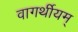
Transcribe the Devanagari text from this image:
वागर्थीयम्